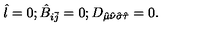
\hat { l } = 0 ; \hat { B } _ { i \bar { j } } = 0 ; D _ { \hat { \mu } \hat { \nu } \hat { \sigma } \hat { \tau } } = 0 .